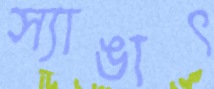
স্যাঙাৎ